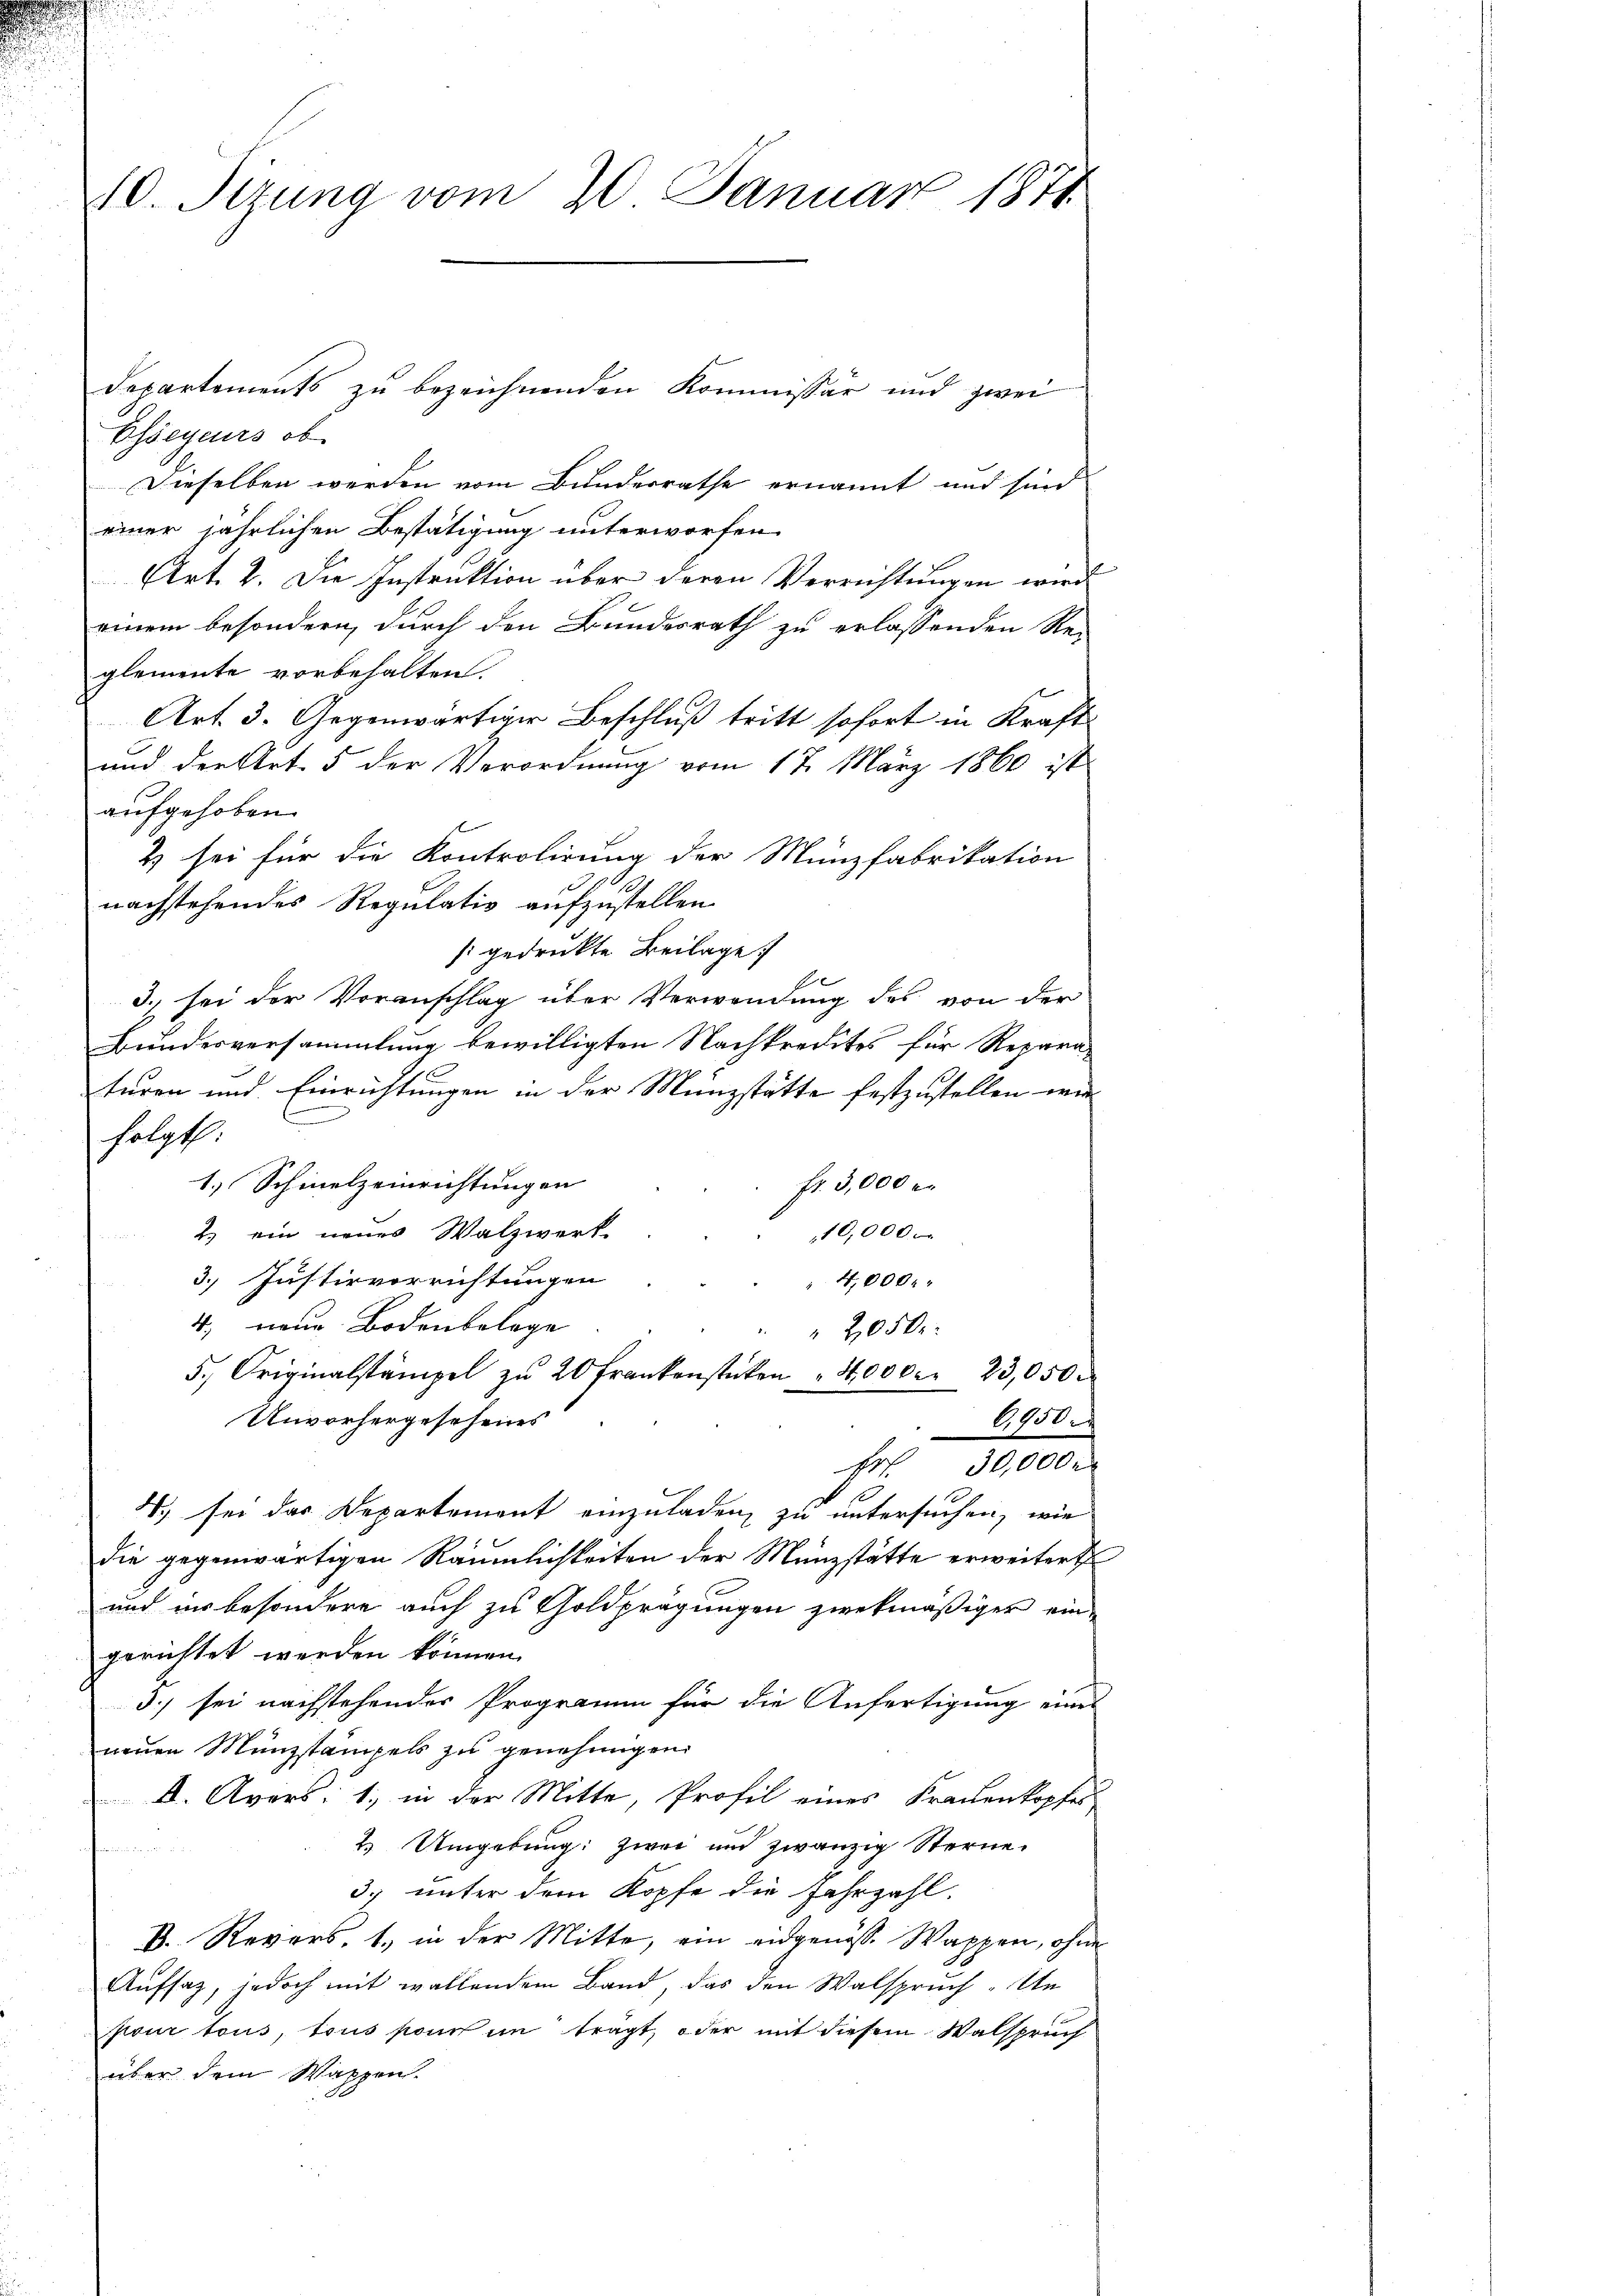
20. Sizung vom 20. Januar 1871

Essegeurs ob
Dieselben werden vom Bundesrathe ernannt und sind
einer jährlichen Bestätigung unterworfen.
Art. 2. Die Instruktion über deren Verrichtungen wird
einem besondern, durch den Bundesrath zu erlassenden Re-
glemente vorbehalten.
Art. 3. Gegenwärtiger Beschluß tritt sofort in Kraft
und der Art. 5 der Verordnung vom 17. März 1860 ist
aufgehoben.
2) sei für die Kontrolirung der Münzfabrikation
nachstehendes Regulativ aufzustellen.
sgedruckte Beilage
e
3) sei der Voranschlag über Verwendung des von der
Bundesversammlung bewilligten Nachkredites für Repara-
turen und Einrichtungen in der Münzstätte festzustellen wir
folgt:
1.) Schinelzeinrichtungen
fr. 3,000 er
2.) ein neues Walzwerk
10,000.
3. Justizvorrichtungen
4,000.
4; neue Bodenbelege
 2050
5. Originalstämpel zŭ 20 Frankensteten "4,000. 23,050.
Unvorhergesehenes
6,950.
30,000
He
u
.) sei das Departement einzuladen, zu untersuchen, wie
die gegenwärtigen Räumlichkeiten der Münzstätte erweitert
und in besondere auch zu Goldprägungen zwekmäßiger eingerichtet werden können.
3) sei nachstehendes Programm für die Anfertigung eines
neuen Münzstämpels zu genehmigen.
I. Avers: 1., in der Mitte, Profil eines Frauenkopfer
2. Umgebung: zwei und zwanzig Sterne.
3. unter dem Kopfe die Jahrzahl.
B. Revers, 1., in der Mitte, ein eidgenösse Wappen, ohne
Aufsaz, jedoch mit wollendem Band, das den Walspruch. Un
pour tous, tous sonst im trägt, oder mit diesem Walspruch
über dem Wappen.

Departements zu bezeichnenden Kommissär und zwei